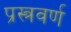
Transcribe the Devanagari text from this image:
प्रस्त्रवर्ण